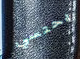
يحتسي